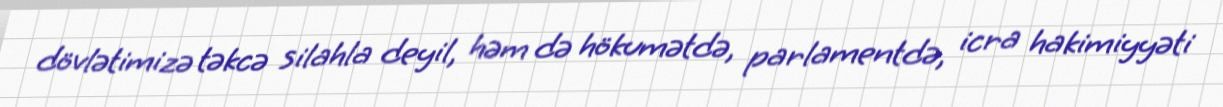
dövlətimizə təkcə silahla deyil, həm də hökumətdə, parlamentdə, icra hakimiyyəti